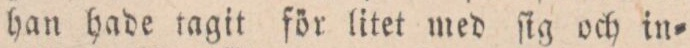
han hade tagit för litet med ſig och in=